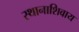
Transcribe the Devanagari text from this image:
स्थानाशिवाय